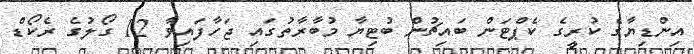
އިންޑިޔާގެ ކުރީގެ ކެޕްޓަން ބައިޗުން ބުޓިޔާ މުބާރާތުގައި ޖަހާފައިވާ 12 ގޯލުގެ ރެކޯޑް